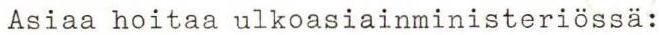
Asiaa hoitaa ulkoasiainministeriössä: